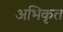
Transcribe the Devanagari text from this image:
अभिकृत